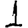
Digit: 1